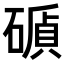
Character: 𥕫